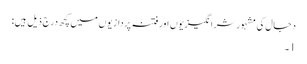
دجال کی مشہور شرانگیزیوں اور فتنہ پردازیوں میں کچھ درج ذیل ہیں:
1۔